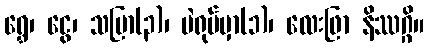
ရွှေ၊ ငွေ၊ သပြာ(၃)၊ ပဲရုပ်မှာ(၁)၊ လေးဖြာ နိဿဂ္ဂိ။